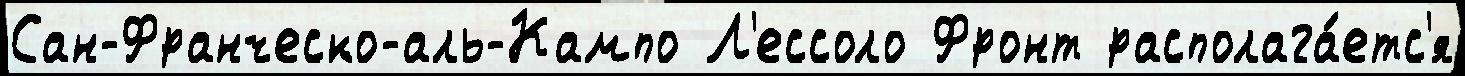
Сан-Франческо-аль-Кампо Л'ессоло Фронт располага́етс'я